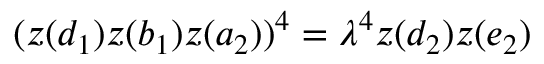
( z ( d _ { 1 } ) z ( b _ { 1 } ) z ( a _ { 2 } ) ) ^ { 4 } = \lambda ^ { 4 } z ( d _ { 2 } ) z ( e _ { 2 } )